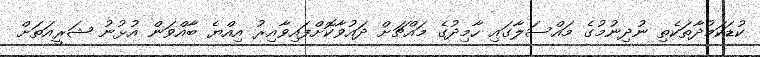
ކުޑަކަމުދާތަކެތި ނުދިނުމުގެ މައްސަލާގައި ހާމިދުގެ މައްޗަށް ދައުވާކޮށްފައިވާއިރު އިއްޔެ ބާއްވަން އުޅުނު ޝަރީއަތަށް